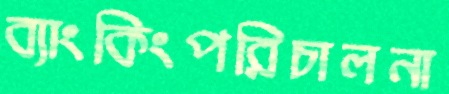
ব্যাংকিংপরিচালনা